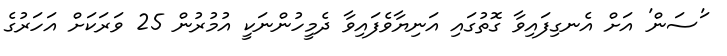
'ަސަން' އަށް އެނގިފައިވާ ގޮތުގައި އަނިޔާވެފައިވާ ދެމީހުންނަކީ އުމުރުން 25 ވަރަކަށް އަހަރުގެ